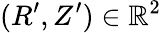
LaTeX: (R^{\prime},Z^{\prime})\in\mathbb{R}^{2}